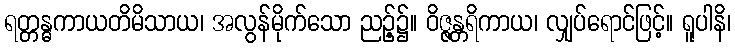
ရတ္တန္ဓကာယတိမိသာယ၊ အလွန်မိုက်သော ညဉ့်၌။ ဝိဇ္ဇန္တရိကာယ၊ လျှပ်ရောင်ဖြင့်။ ရူပါနိ၊